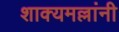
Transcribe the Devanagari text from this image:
शाक्यमल्लांनी